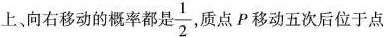
上，向右移动的概率都是\frac{1}{2}质点P移动五次后位于点